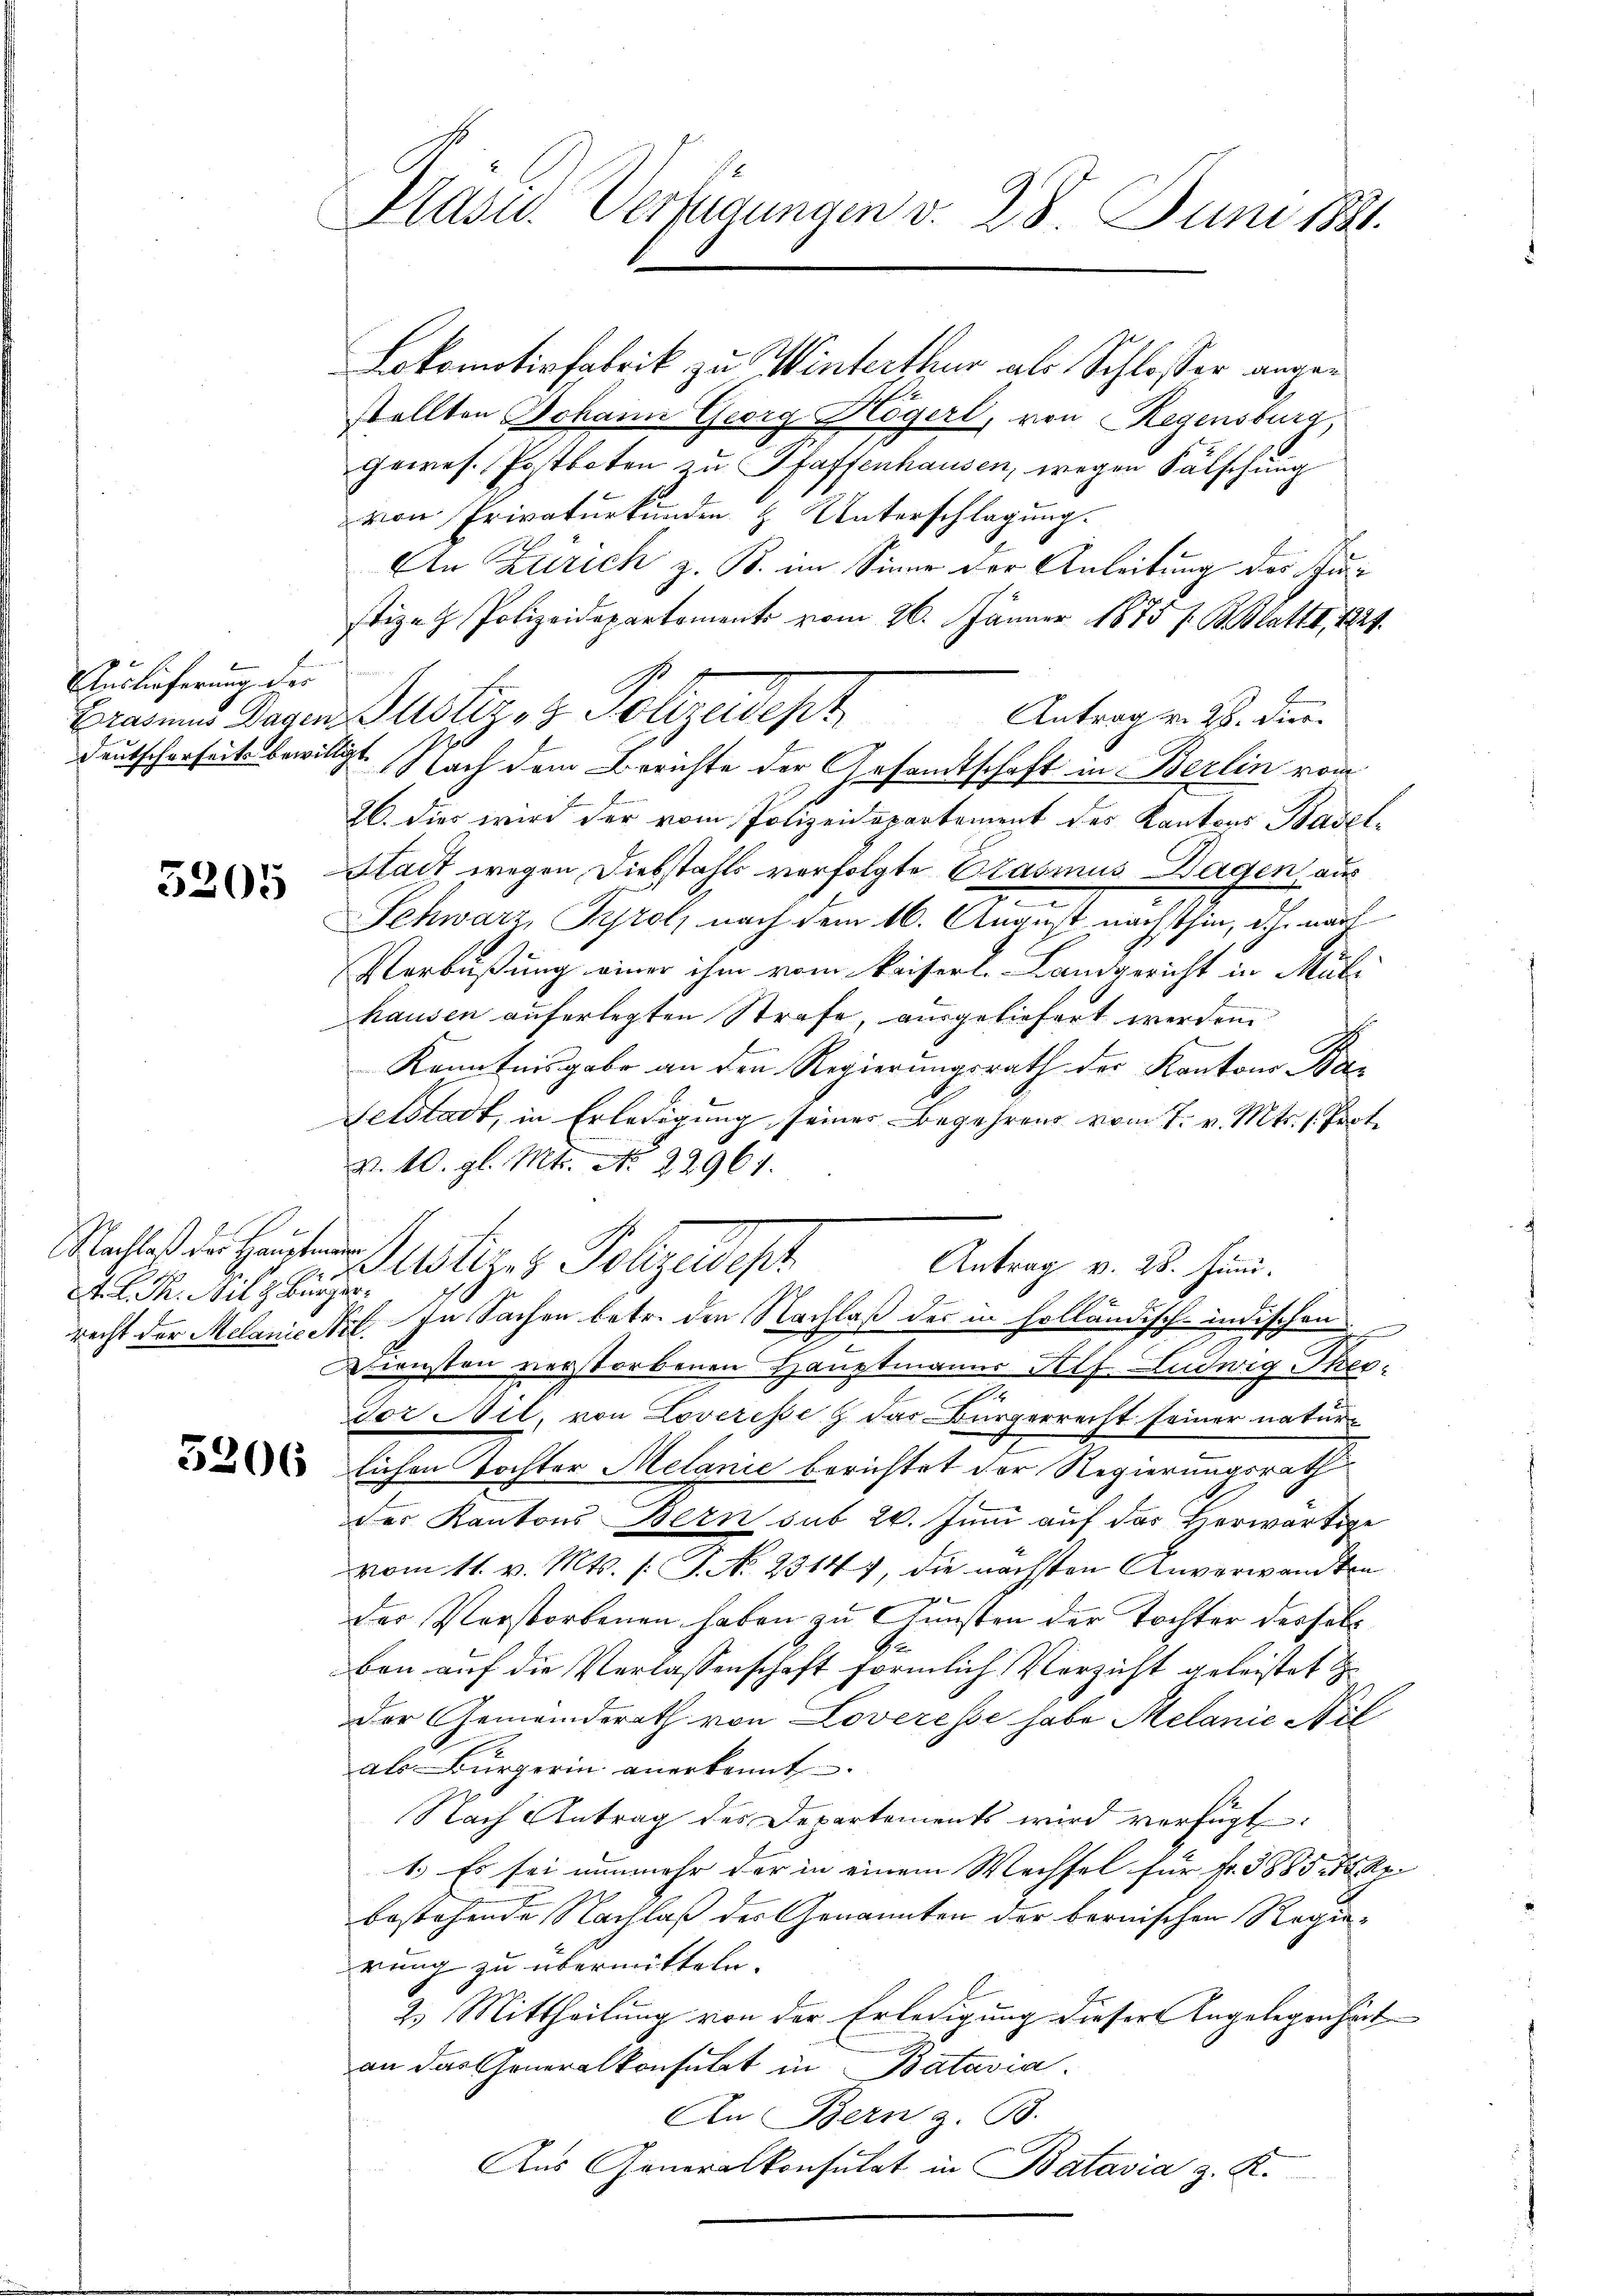
Auslieferung der

3205

Nachlaß der Hauptman
A. R. P. Milz Bürger¬

Kasu. Verfügungen v. 28. Juni 1881.

Lokomotivfabrik zu Winterthur als Schlosser angen
stellten Johann Georg Högerl, von Regensburg,
gewes. Postboten zu Pfaffenhausen, wegen Fälschung
von Privaturkunden & Unterschlagung.
An Zürich z. B. im Sinne der Anleitung des Justizen Polizeidepartement vom 26. Jänner 1875 s. Blatt, 1829.
Eragen Tagen Justiz- & Polizeidept
Antrag v. 26. Dier.
Deutscherheits bewilligt. Nach dem Berichte der Gesamtschaft in Berlin vom
26. dies wird der vom Polizeidepartement des Kantons Basel¬
Stadt wegen Diebstahls verfolgte Erasmus Dagen, aus
e
Schwarz, Tyrol, nach dem 16. August nächsthin, d.h. nach
Verbüßung einer ihm vom kaiserli-Landgericht in Mül
hausen auferlegten Strafe, ausgeliefert werden
Kenntnisgabe an den Regierungsrath der Kantons Ba¬
Gelstadt, in Erledigung seines Begehrens vom 7. v. Mts. 1. Prof.
v. 10. gl. Mts. No 22964.
recht der Melanie Nr. In Sachen betr. den Nachlaß des in holländisch-indischen
Diensten verstorbenen Hauptmanns Helf. Ludwig Theoh
Dor Stil, von Loveresse & das Bürgerrecht seiner natur-
lichen Tochter Melanić berichtet der Regierungsrath
der Kantons Bern sub 20. Juni auf das herwärtige
vom 11. v. Mts. f. P. No. 2314, die nächsten Anverwandten

der Verstorbenen haben zu Gunsten der Tochter desselb
.
ben auf die Verlassenschaft förmlich Verzicht geleistet
Der Gemeinderath von Loveresse habe Melanie Nel
als Bürgerin anerkannt
Nach Antrag des Departements wird verfügt:
1.) Es sei nunmehr der in einem Wechsel für Fr. 3885. 12 Rei
bestehende Nachlaß der Genannten der bernischen Regierung zu übermitteln.
2.) Mittheilung von der Erledigung dieser Angelegenheit
an das Generalkonsulat in Batavia.
An Bern z. B.
Aus Generalkonsulat in Batavia z. K.

Justizs Polizeidigt.
Antrag v. 28. Juni.